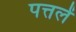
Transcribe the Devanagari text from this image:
पत्तलें